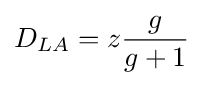
D_{LA}=z{g \over {g+1}}